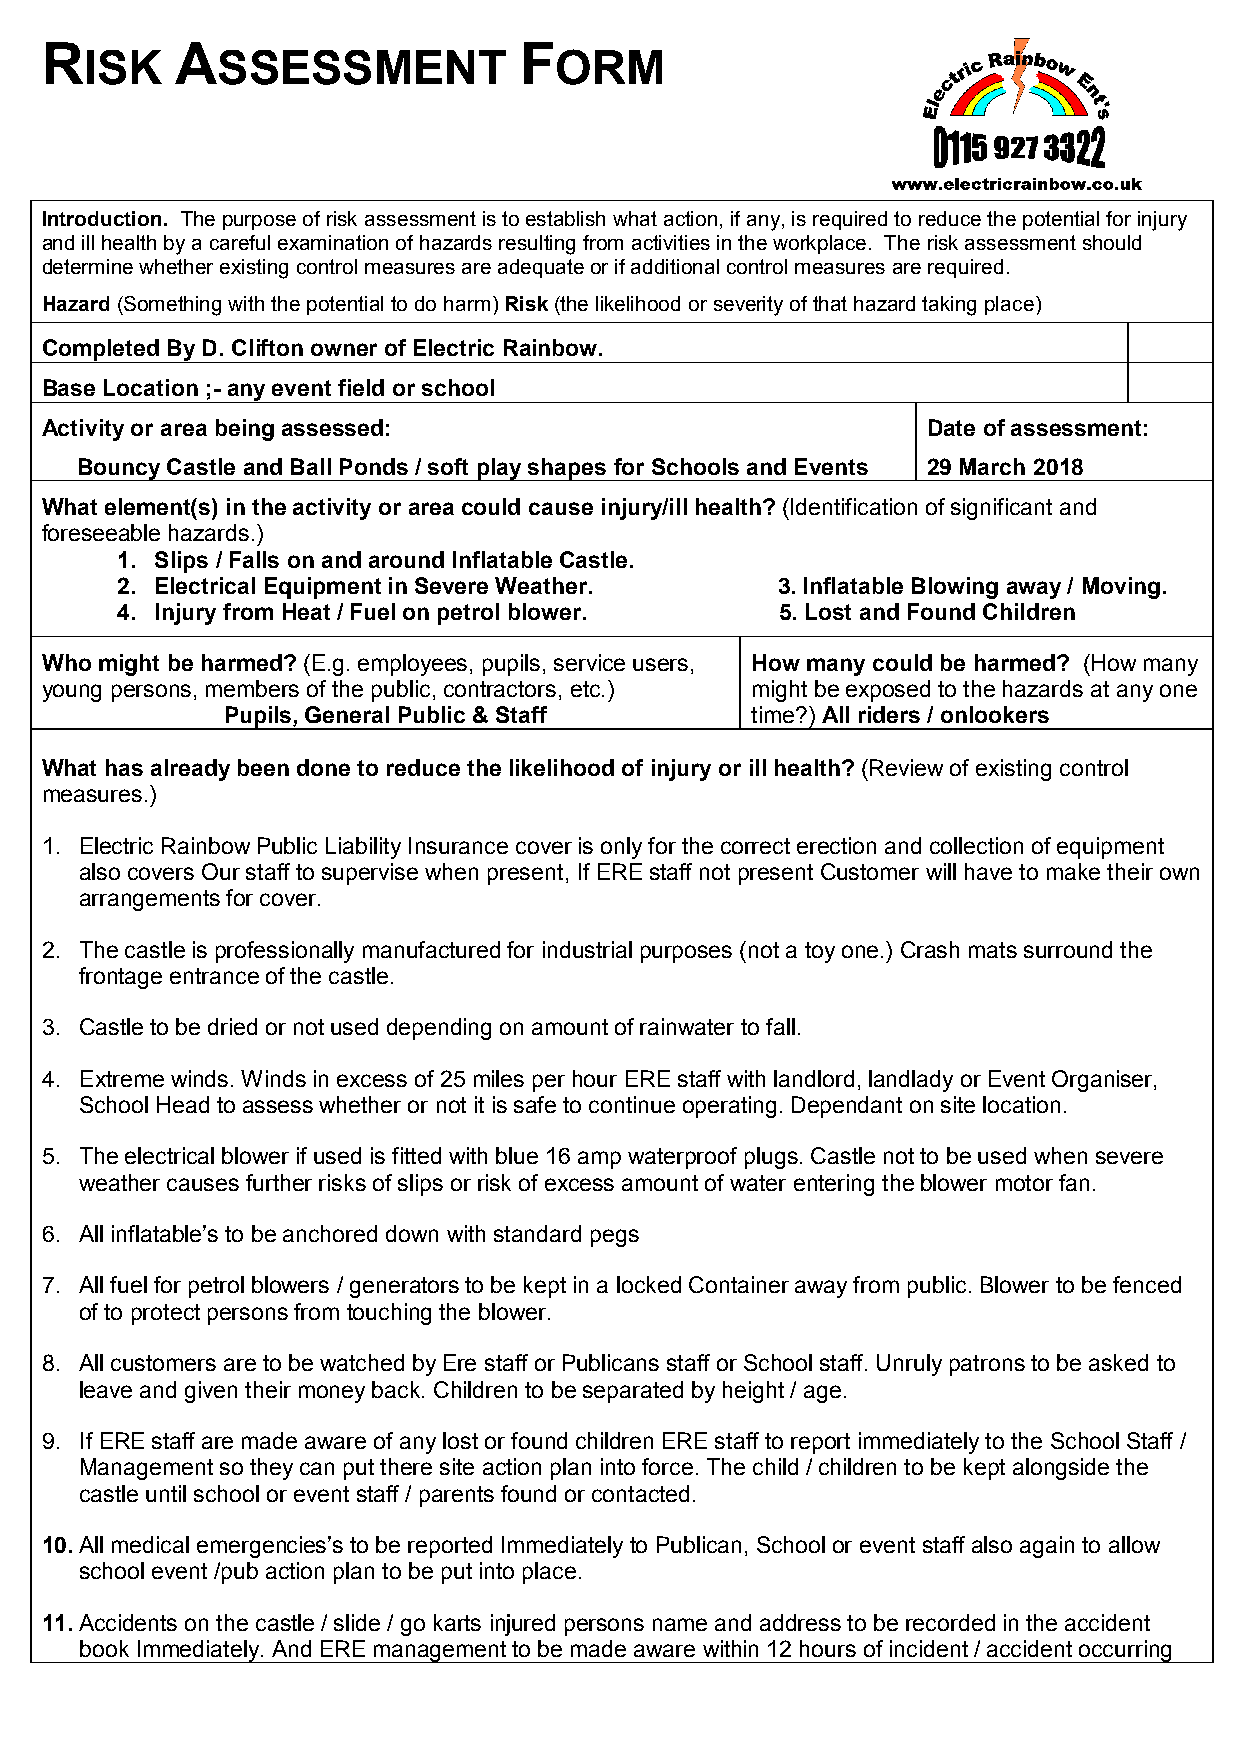
R        A                     F
 ISK     SSESSMENT              ORM
 Introduction. The purpose of risk assessment is to establish what action, if any, is required to reduce the potential for injury
 and ill health by a careful examination of hazards resulting from activities in the workplace. The risk assessment should
 determine whether existing control measures are adequate or if additional control measures are required.
 Hazard (Something with the potential to do harm) Risk (the likelihood or severity of that hazard taking place)
 Completed By D. Clifton owner of Electric Rainbow.
 Base Location ;- any event field or school
 Activity or area being assessed:                          Date of assessment:
 Bouncy Castle and Ball Ponds / soft play shapes for Schools and Events 29 March 2018
 What element(s) in the activity or area could cause injury/ill health? (Identification of significant and
 foreseeable hazards.)
 1. Slips / Falls on and around Inflatable Castle.
 2. Electrical Equipment in Severe Weather. 3. Inflatable Blowing away / Moving.
 4. Injury from Heat / Fuel on petrol blower. 5. Lost and Found Children
 Who might be harmed? (E.g. employees, pupils, service users, How many could be harmed? (How many
 young persons, members of the public, contractors, etc.) might be exposed to the hazards at any one
 Pupils, General Public & Staff     time?) All riders / onlookers
 What has already been done to reduce the likelihood of injury or ill health? (Review of existing control
 measures.)
 1. Electric Rainbow Public Liability Insurance cover is only for the correct erection and collection of equipment
 also covers Our staff to supervise when present, If ERE staff not present Customer will have to make their own
 arrangements for cover.
 2. The castle is professionally manufactured for industrial purposes (not a toy one.) Crash mats surround the
 frontage entrance of the castle.
 3. Castle to be dried or not used depending on amount of rainwater to fall.
 4. Extreme winds. Winds in excess of 25 miles per hour ERE staff with landlord, landlady or Event Organiser,
 School Head to assess whether or not it is safe to continue operating. Dependant on site location.
 5. The electrical blower if used is fitted with blue 16 amp waterproof plugs. Castle not to be used when severe
 weather causes further risks of slips or risk of excess amount of water entering the blower motor fan.
 6. All inflatable’s to be anchored down with standard pegs
 7. All fuel for petrol blowers / generators to be kept in a locked Container away from public. Blower to be fenced
 of to protect persons from touching the blower.
 8. All customers are to be watched by Ere staff or Publicans staff or School staff. Unruly patrons to be asked to
 leave and given their money back. Children to be separated by height / age.
 9. If ERE staff are made aware of any lost or found children ERE staff to report immediately to the School Staff /
 Management so they can put there site action plan into force. The child / children to be kept alongside the
 castle until school or event staff / parents found or contacted.
 10. All medical emergencies’s to be reported Immediately to Publican, School or event staff also again to allow
 school event /pub action plan to be put into place.
 11. Accidents on the castle / slide / go karts injured persons name and address to be recorded in the accident
 book Immediately. And ERE management to be made aware within 12 hours of incident / accident occurring